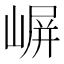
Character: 𫶈